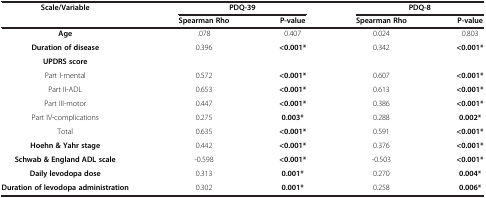
<table><thead><tr><td rowspan="2"><b>Scale/Variable</b></td><td colspan="2"><b>PDQ-39</b></td><td colspan="2"><b>PDQ-8</b></td></tr><tr><td><b>Spearman Rho</b></td><td><b>P-value</b></td><td><b>Spearman Rho</b></td><td><b>P-value</b></td></tr></thead><tbody><tr><td><b>Age</b></td><td>.078</td><td>0.407</td><td>0.024</td><td>0.803</td></tr><tr><td><b>Duration of disease</b></td><td>0.396</td><td><b>&lt;0.001*</b></td><td>0.342</td><td><b>&lt;0.001*</b></td></tr><tr><td><b>UPDRS score</b></td><td> </td><td> </td><td> </td><td> </td></tr><tr><td>Part I-mental</td><td>0.572</td><td><b>&lt;0.001*</b></td><td>0.607</td><td><b>&lt;0.001*</b></td></tr><tr><td>Part II-ADL</td><td>0.653</td><td><b>&lt;0.001*</b></td><td>0.613</td><td><b>&lt;0.001*</b></td></tr><tr><td>Part III-motor</td><td>0.447</td><td><b>&lt;0.001*</b></td><td>0.386</td><td><b>&lt;0.001*</b></td></tr><tr><td>Part IV-complications</td><td>0.275</td><td><b>0.003*</b></td><td>0.288</td><td><b>0.002*</b></td></tr><tr><td>Total</td><td>0.635</td><td><b>&lt;0.001*</b></td><td>0.591</td><td><b>&lt;0.001*</b></td></tr><tr><td><b>Hoehn &amp; Yahr stage</b></td><td>0.442</td><td><b>&lt;0.001*</b></td><td>0.376</td><td><b>&lt;0.001*</b></td></tr><tr><td><b>Schwab &amp; England ADL scale</b></td><td>-0.598</td><td><b>&lt;0.001*</b></td><td>-0.503</td><td><b>&lt;0.001*</b></td></tr><tr><td><b>Daily levodopa dose</b></td><td>0.313</td><td><b>0.001*</b></td><td>0.270</td><td><b>0.004*</b></td></tr><tr><td><b>Duration of levodopa administration</b></td><td>0.302</td><td><b>0.001*</b></td><td>0.258</td><td><b>0.006*</b></td></tr></tbody></table>